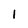
Character: 1